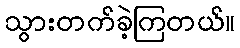
သွားတက်ခဲ့ကြတယ်။